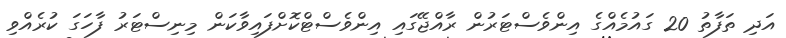
އަދި ތަފާތު 20 ގައުމެއްގެ އިންވެސްޓަރުން ރާއްޖޭގައި އިންވެސްޓްކޮށްފައިވާކަން މިނިސްޓަރު ފާހަގަ ކުރެއްވި